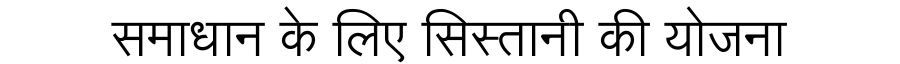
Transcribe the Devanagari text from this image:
समाधान के लिए सिस्तानी की योजना